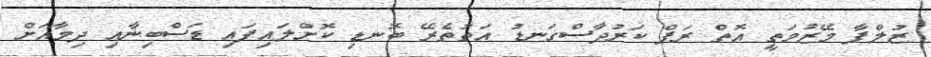
ޒުލްފާ މޭޒުމަތީ އޮތް ރަފް ކަރުދާސްގަނޑު އަތުތެރޭ ބޮނޑި ކޮށްލައިފައި ޑަސްބިނާއި ދިމާއަށް